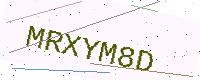
Text: MRXYM8D